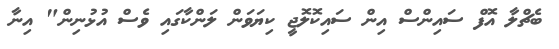
ބެޗްލާ އޮފް ސައިންސް އިން ސައިކޮލޮޖީ ކިޔަވަން ލަންކާގައި ވެސް އުޅުނިން" އިނާ